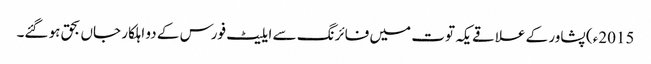
2015ء) پشاور کے علاقے یکہ توت میں فائرنگ سے ایلیٹ فورس کے دو اہلکار جاں بحق ہو گئے۔